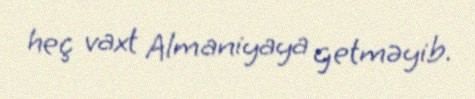
heç vaxt Almaniyaya getməyib.